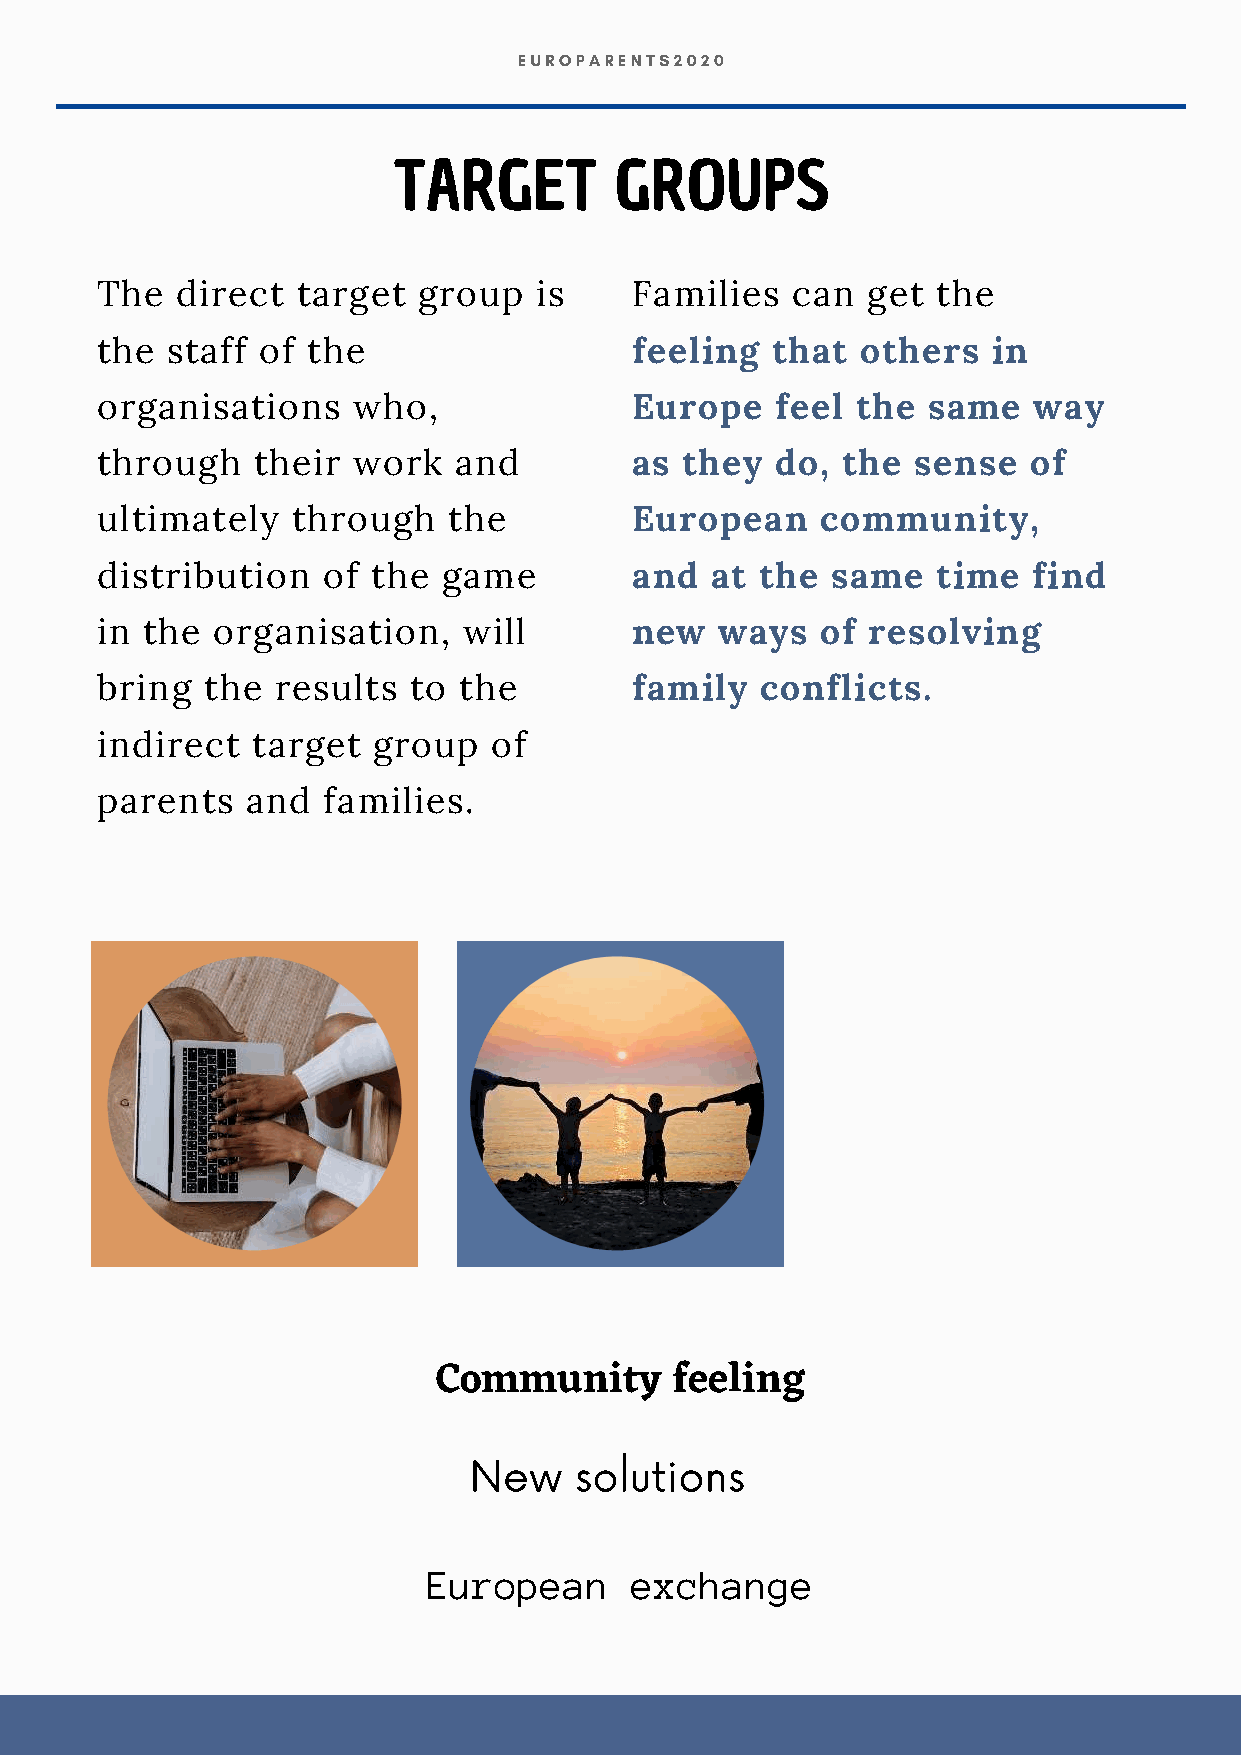
EUROPARENTS2020
 TARGET         GROUPS
 The   direct  target  group  is     Families  can  get  the
 the  staff of the                   feeling  that  others   in
 organisations    who,               Europe   feel  the same   way
 through    their work   and         as they  do,  the  sense  of
 ultimately   through    the         European    community,
 distribution   of  the game         and  at the  same   time  find
 in the  organisation,    will       new   ways  of  resolving
 bring   the results  to the         family  conflicts.
 indirect   target  group   of
 parents   and  families.
 Community       feeling
 New    solutions
 European      exchange